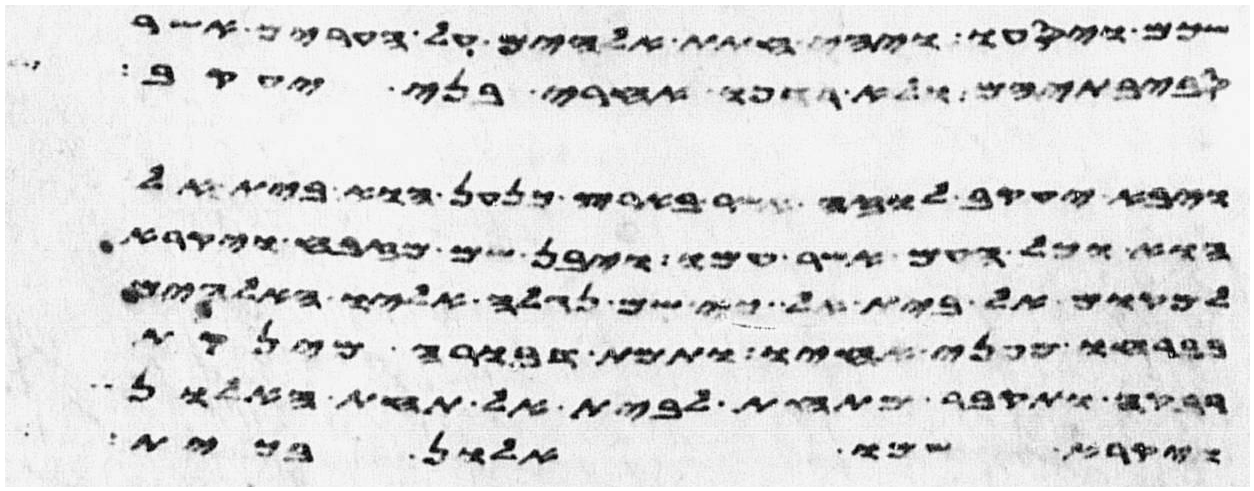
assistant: שכם ויסעו ויהי חתת אלהים על הערים אשר
סביבתיהם ולא רדפו אחרי בני יעקב
ויבא יעקב לוזה אשר בארץ כנען הוא בית אל
הוא וכל העם אשר עמו ויבן שם מזבח ויקרא
למקום אל בית אל כי שם נגלה אליו האלהים
בברחו מפני אחיו ותמת דבורה מינקת
רבקה ותקבר מתחת לבית אל תחת האלון
ויקרא שמו אלון בכית